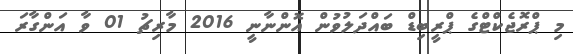
މި ޕްރޮޖެކްޓްގެ ޕްރީބިޑް ބައްދަލުވުން އޮންނާނީ 2016 މާރިޗު 01 ވާ އަންގާރަ